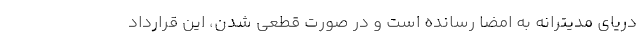
دریای مدیترانه به امضا رسانده است و در صورت قطعی شدن، این قرارداد